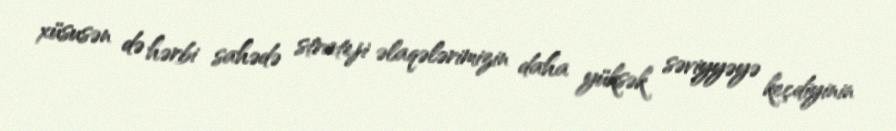
xüsusən də hərbi sahədə strateji əlaqələrimizin daha yüksək səviyyəyə keçdiyinin